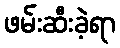
ဖမ်းဆီးခဲ့ရာ